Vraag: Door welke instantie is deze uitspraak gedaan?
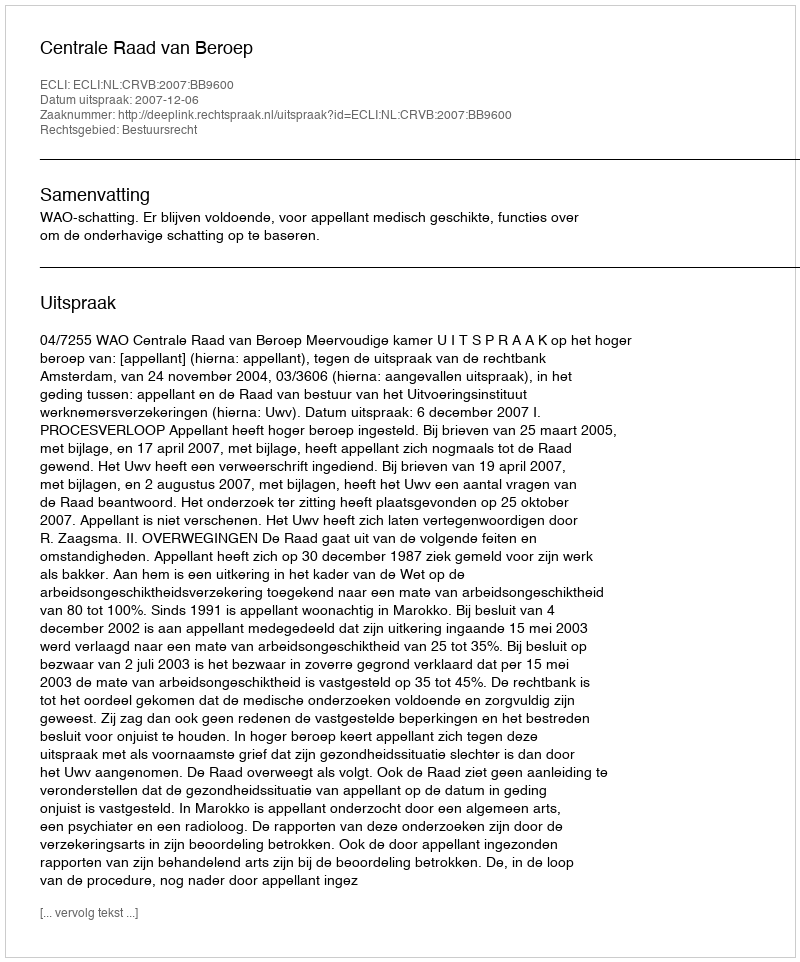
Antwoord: Centrale Raad van Beroep